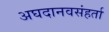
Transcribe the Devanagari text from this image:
अघदानवसंहर्ता